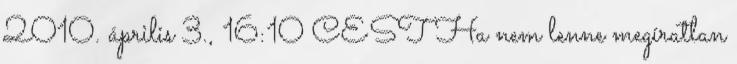
2010. április 3., 16:10 CEST Ha nem lenne megíratlan